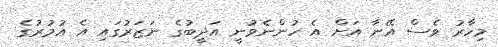
މިހާރު ވެސް އޭނާ އަށް އެ ހުންނެވުނީ އަދީބުގެ ނަޒަރުގައި އެ އުމުރުގެ